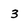
Character: 3